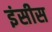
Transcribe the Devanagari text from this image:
इंसीस